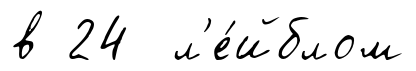
в 24 л'е́йблом